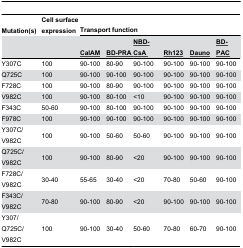
<table><thead><tr><td><b>Mutation(s)</b></td><td><b>Cell surface expression</b></td><td colspan="6"><b>Transport function</b></td></tr><tr><td></td><td></td><td><b><underline>CalAM</underline></b></td><td><b><underline>BD-PRA </underline></b></td><td><b><underline>NBD-CsA </underline></b></td><td><b><underline>Rh123</underline></b></td><td><b><underline>Dauno</underline></b></td><td><b><underline>BD-PAC</underline></b></td></tr></thead><tbody><tr><td>Y307C</td><td>100</td><td>90-100</td><td>80-90</td><td>90-100</td><td>90-100</td><td>90-100</td><td>90-100</td></tr><tr><td>Q725C</td><td>100</td><td>90-100</td><td>90-100</td><td>90-100</td><td>90-100</td><td>90-100</td><td>90-100</td></tr><tr><td>F728C</td><td>100</td><td>90-100</td><td>80-90</td><td>90-100</td><td>90-100</td><td>90-100</td><td>90-100</td></tr><tr><td>V982C</td><td>100</td><td>90-100</td><td>80-100</td><td>&lt;10</td><td>90-100</td><td>90-100</td><td>90-100</td></tr><tr><td>F343C</td><td>50-60</td><td>90-100</td><td>80-100</td><td>90-100</td><td>90-100</td><td>90-100</td><td>90-100</td></tr><tr><td>F978C</td><td>100</td><td>90-100</td><td>90-100</td><td>90-100</td><td>90-100</td><td>90-100</td><td>90-100</td></tr><tr><td>Y307C/V982C</td><td>100</td><td>90-100</td><td>50-60</td><td>50-60</td><td>90-100</td><td>90-100</td><td>90-100</td></tr><tr><td>Q725C/V982C</td><td>100</td><td>90-100</td><td>80-90</td><td>&lt;20</td><td>90-100</td><td>90-100</td><td>90-100</td></tr><tr><td>F728C/V982C</td><td>30-40</td><td>55-65</td><td>30-40</td><td>&lt;20</td><td>70-80</td><td>50-60</td><td>90-100</td></tr><tr><td>F343C/V982C</td><td>70-80</td><td>90-100</td><td>80-90</td><td>&lt;20</td><td>90-100</td><td>90-100</td><td>90-100</td></tr><tr><td>Y307/Q725C/V982C</td><td>100</td><td>90-100</td><td>30-40</td><td>50-60</td><td>70-80</td><td>60-70</td><td>90-100</td></tr></tbody></table>